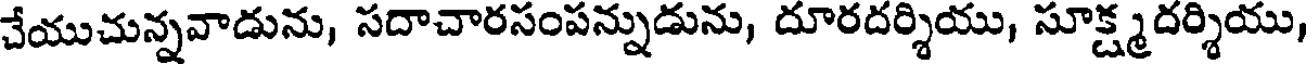
చేయుచున్నవాడును, సదాచారసంపన్నుడును, దూరదర్శియు, సూక్ష్మదర్శియు,